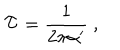
LaTeX: \mathcal { T } = \frac { 1 } { 2 \pi \alpha ^ { \prime } } \ ,